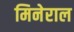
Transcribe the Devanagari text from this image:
मिनेराल